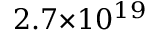
2 . 7 { \times } 1 0 ^ { 1 9 }